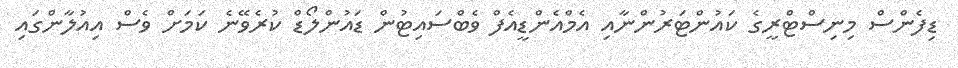
ޑިފެންސް މިނިސްޓްރީގެ ކައުންޓަރުންނާއި އެމްއެންޑީއެފް ވެބްސައިޓުން ޑައުންލޯޑް ކުރެވޭނެ ކަމަށް ވެސް އިއުލާންގައި